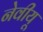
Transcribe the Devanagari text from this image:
नेवीयू